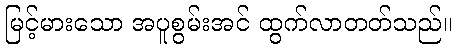
မြင့်မားသော အပူစွမ်းအင် ထွက်လာတတ်သည်။